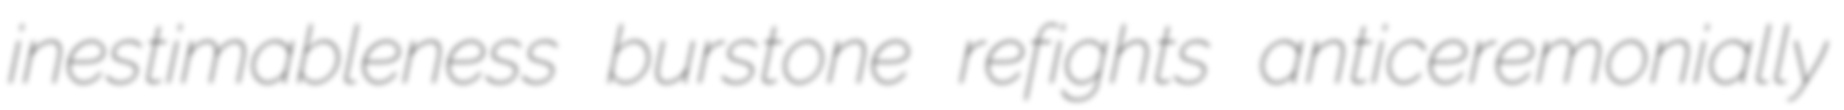
inestimableness burstone refights anticeremonially